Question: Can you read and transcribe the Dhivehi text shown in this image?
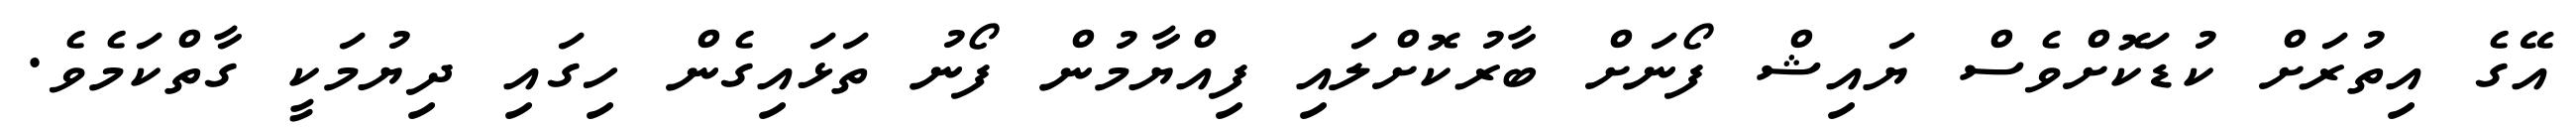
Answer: އޭގެ އިތުރަށް ކުޑަކޮށްވެސް ޔައިޝް ފޯނަށް ބާރުކޮށްލައި ފިއްޔާމުން ފޯނު ތަޅައިގެން ހިގައި ދިޔުމަކީ ގާތްކަމެވެ.